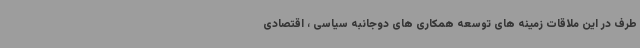
طرف در این ملاقات زمینه های توسعه همکاری های دوجانبه سیاسی ، اقتصادی